Tezpur Lunatic Asylum reports 1895-1904 - 1895-1904
Year: 1895
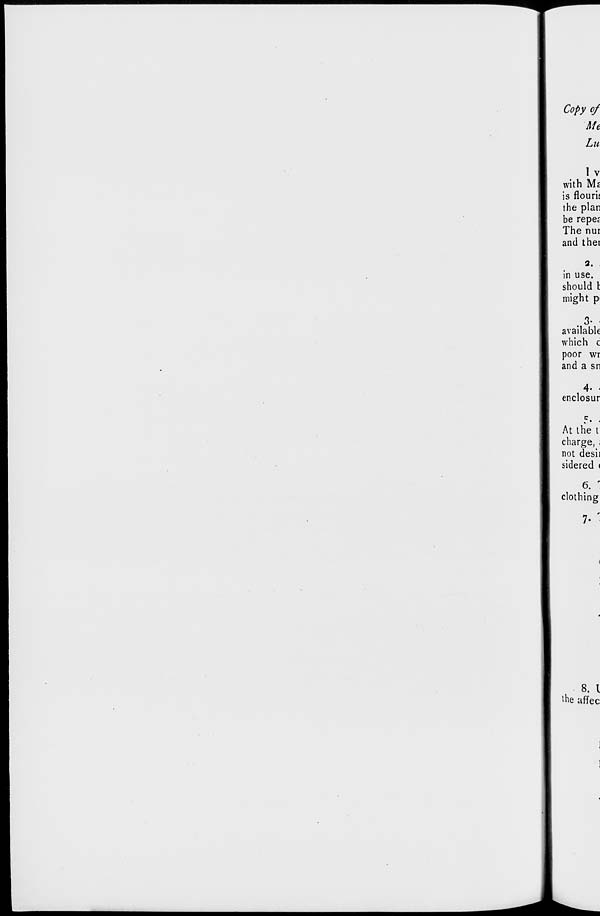
Copy of
Me
Lu
I v
with Mi
is flourii
the plan
be repe;
The nur
and thei
2.
in use.
should I
might p>
. 3-
available
which c
poor wr
and a sn
4- <
enclosur
At the t
charge, .
not desii
sidered <
6. r
clothing
7- '
8. I
the affec